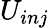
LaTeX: U_{inj}